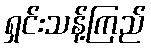
ရှင်းသန့်ကြည်